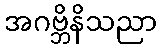
အဂဗ္ဘိနိသညာ